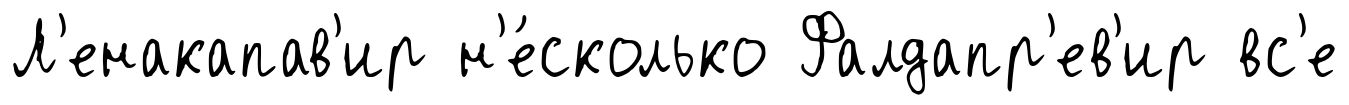
Л'енакапав'ир н'е́сколько Фалдапр'ев'ир вс'е